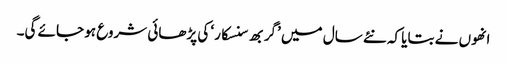
انھوں نے بتایا کہ نئے سال میں ’گربھ سنسکار‘ کی پڑھائی شروع ہو جائے گی۔